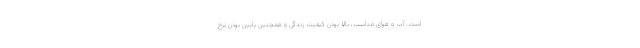
است. آب و هوای مناسب، بالا بودن کیفیت زندگی و همچنین پایین بودن نرخ